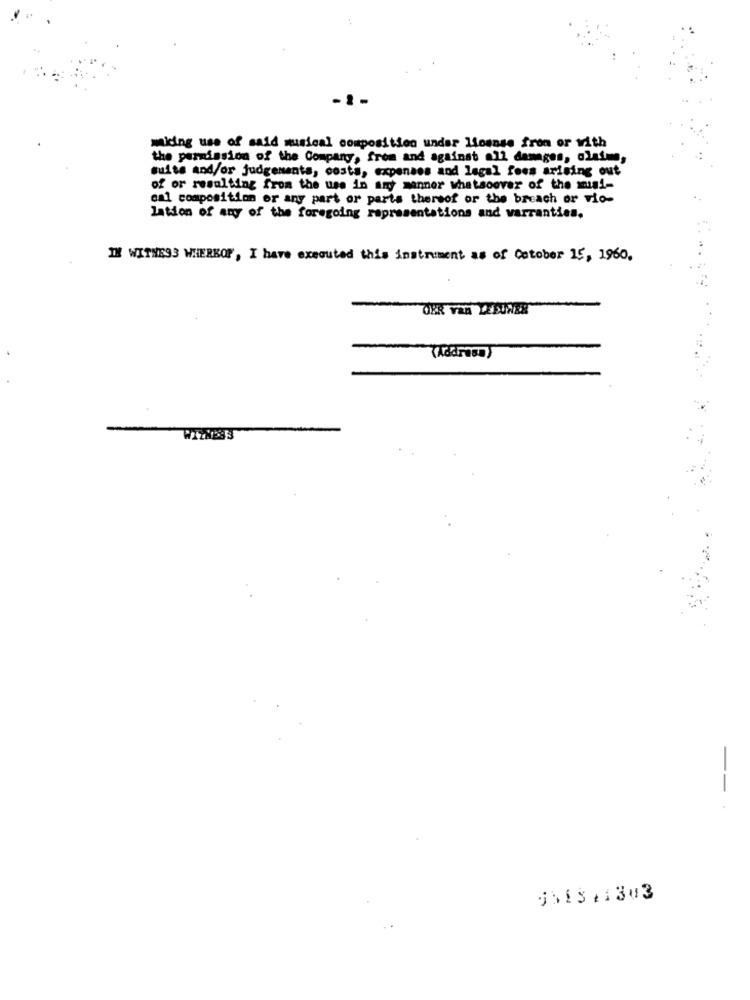
making use of said musical composition under loanss fron or with
the permission of the Company, from and against a12 damages, olafme,
suite and/or judgements, costs, expenses and legal fees arising out
of or resulting from the use in any manner whatsoever of the mugi-
cal composition or any part or parts thereof or the breach or vie-
lation of any of the foregoing representations and warranties.
IN WITHE93 WHEREOF, I have executed this instrument as of Cotober 15, 1960.
--.
USES41303